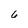
Character: 6